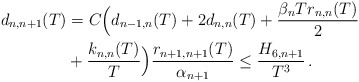
\begin{align*} d_{n,n+1}(T) & = C\Big(d_{n-1,n}(T) + 2d_{n,n}(T) + \frac{\beta_n T r_{n,n}(T)}{2} \\&+ \frac{ k_{n,n}(T)}{T}\Big)\frac{r_{n+1,n+1}(T)}{\alpha_{n+1}} \le\frac{H_{6,n+1}}{T^3}\,.\end{align*}